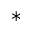
*